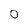
Character: 0